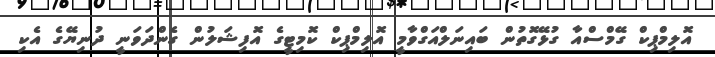
އޮލިމްޕިކް ގޭމްސްއާ ގުޅޭގޮތުން ބައިނަލްއަގްވާމީ އޮލިމްޕިކް ކޮމިޓީގެ އޮފިޝަލުން ގެންދަވަނީ ދުނިޔޭގެ އެކި